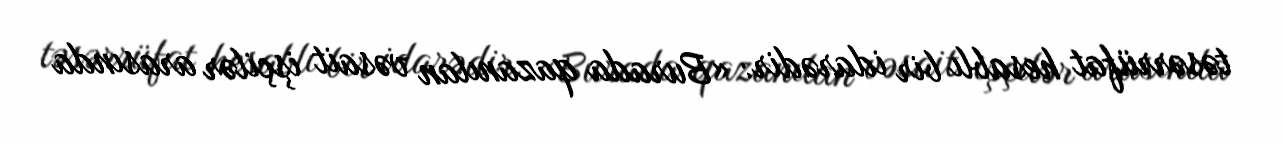
təsərrüfat hesablı bir idarədir: «Burada qazanılan vəsait işçilər arasında